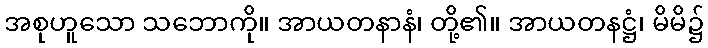
အစုဟူသော သဘောကို။ အာယတနာနံ၊ တို့၏။ အာယတနဋ္ဌံ၊ မိမိ၌